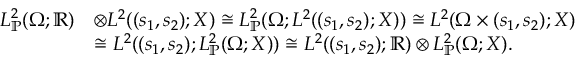
\begin{array} { r l } { L _ { \mathbb { P } } ^ { 2 } ( \Omega ; \mathbb { R } ) } & { \otimes L ^ { 2 } ( ( s _ { 1 } , s _ { 2 } ) ; X ) \cong L _ { \mathbb { P } } ^ { 2 } ( \Omega ; L ^ { 2 } ( ( s _ { 1 } , s _ { 2 } ) ; X ) ) \cong L ^ { 2 } ( \Omega \times ( s _ { 1 } , s _ { 2 } ) ; X ) } \\ & { \cong L ^ { 2 } ( ( s _ { 1 } , s _ { 2 } ) ; L _ { \mathbb { P } } ^ { 2 } ( \Omega ; X ) ) \cong L ^ { 2 } ( ( s _ { 1 } , s _ { 2 } ) ; \mathbb { R } ) \otimes L _ { \mathbb { P } } ^ { 2 } ( \Omega ; X ) . } \end{array}